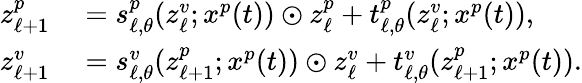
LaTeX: \begin{array}{rl}{z_{\ell+1}^{p}}&{{}=s_{\ell,\theta}^{p}(z_{\ell}^{v};x^{p}(t))\odot z_{\ell}^{p}+t_{\ell,\theta}^{p}(z_{\ell}^{v};x^{p}(t)),}\\ {z_{\ell+1}^{v}}&{{}=s_{\ell,\theta}^{v}(z_{\ell+1}^{p};x^{p}(t))\odot z_{\ell}^{v}+t_{\ell,\theta}^{v}(z_{\ell+1}^{p};x^{p}(t)).}\end{array}